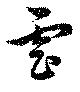
虐